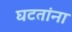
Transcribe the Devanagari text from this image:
घटतांना